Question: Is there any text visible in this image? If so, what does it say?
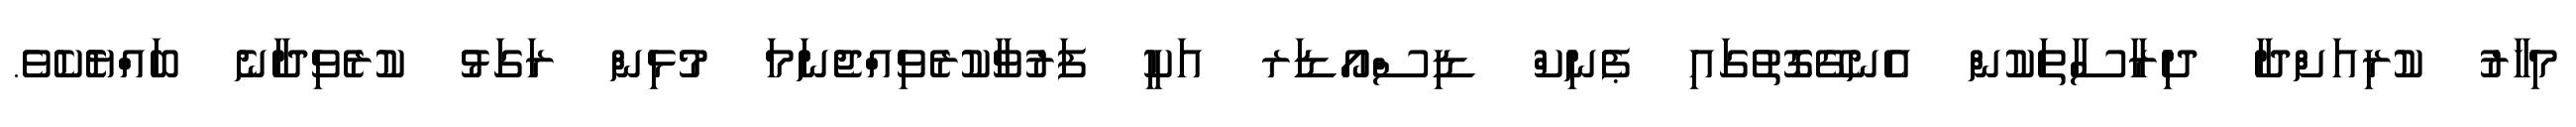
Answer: މިހާރު ކުރިއަށްދާ ދިރާސާތަކުން އެނގޭގޮތުގައި ޕެނިކް ޑިސްއޯޑަރ އަކީ ފަރުވާކުރެވިއްޖެނަމަ މުޅިން ރަގަޅު ކުރެވިދާނެ ބައްޔެެކެވެ.